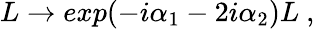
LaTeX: L\rightarrow exp(-i\alpha_{1}-2i\alpha_{2})L\ ,